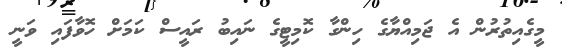
މީގެއިތުރުން އެ ޖަމިއްޔާގެ ހިންގާ ކޮމިޓީގެ ނައިބު ރައީސް ކަމަށް ހޮވާފައި ވަނީ